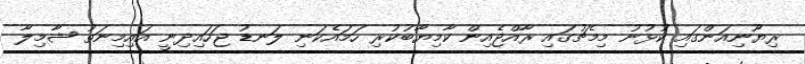
ރިޔޫނިއަންގައި ކުޅުނު މިމެޗުގައި ރާއްޖެއިން ކާމިޔާބުކުރި ހަމައެކަނި ލަނޑު ޖަހައިދިނީ އައިމިނަތު ޝާމިލާ